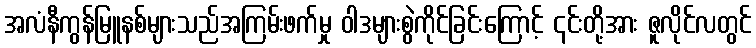
အလံနီကွန်မြူနစ်များသည်အကြမ်းဖက်မှု ဝါဒများစွဲကိုင်ခြင်းကြောင့် ၎င်းတို့အား ဇူလိုင်လတွင်